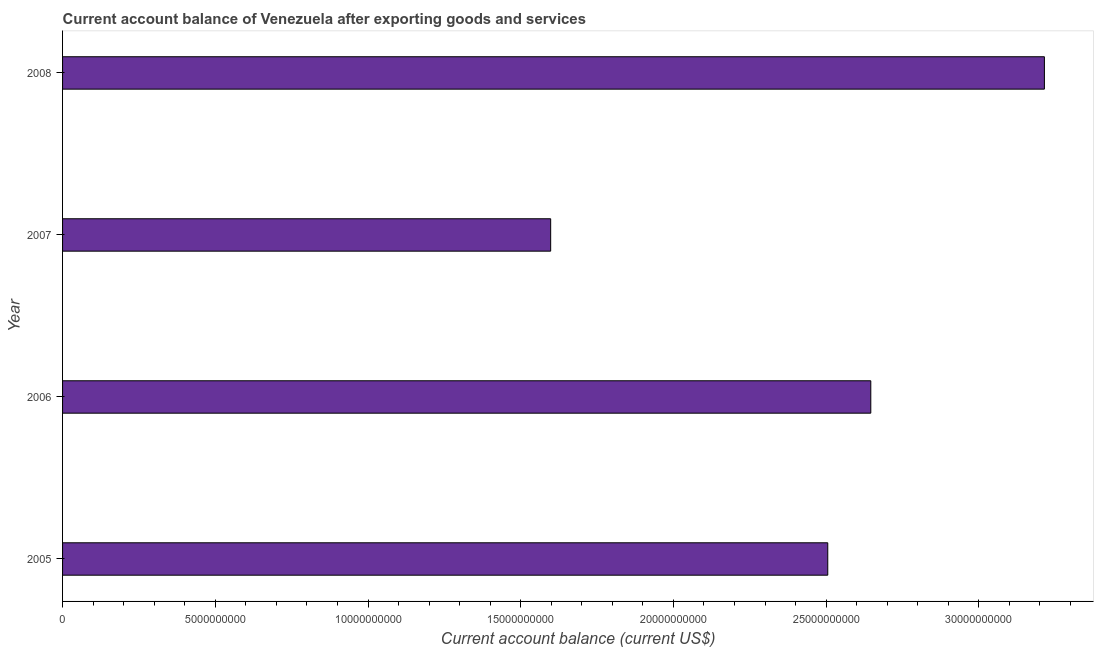
| Year | Current account balance |
 | --- | --- |
 | 2005 | 2.51e+10 |
 | 2006 | 2.65e+10 |
 | 2007 | 1.6e+10 |
 | 2008 | 3.21e+10 |